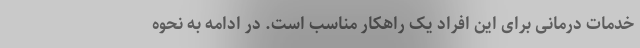
خدمات درمانی برای این افراد یک راهکار مناسب است. در ادامه به نحوه